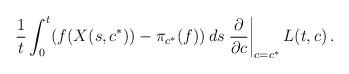
LaTeX: \begin{align*}\frac{1}{t}\int_0^t (f(X(s,c^*)) - \pi_{c^*}(f)) \,ds \left.\frac{\partial}{\partial c}\right|_{c=c^*}L(t, c)\,.\end{align*}